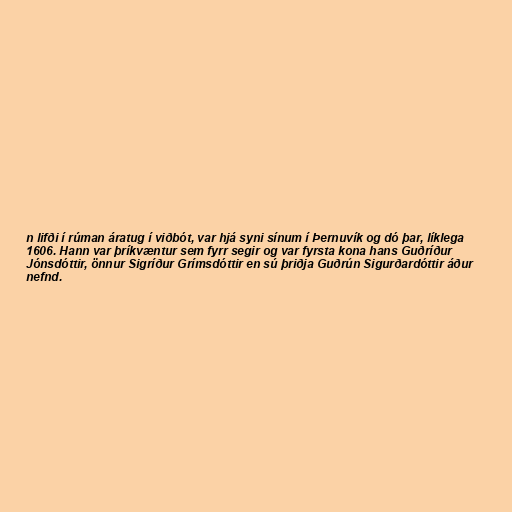
n lifði í rúman áratug í viðbót, var hjá syni sínum í Þernuvík og dó þar, líklega
1606. Hann var þríkvæntur sem fyrr segir og var fyrsta kona hans Guðríður
Jónsdóttir, önnur Sigríður Grímsdóttir en sú þriðja Guðrún Sigurðardóttir áður
nefnd.